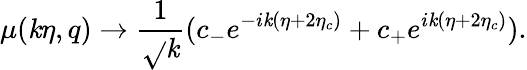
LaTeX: \mu(\mathit{k}\eta,q)\rightarrow\frac{{1}}{{\sqrt{}{{\mathit{k}}}}}(c_{-}e^{-i\mathit{k}(\eta+2\eta_{c})}+c_{+}e^{i\mathit{k}(\eta+2\eta_{c})}).